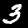
Label: 3